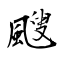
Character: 颼